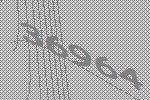
36964